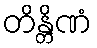
တိန္တိဏံ